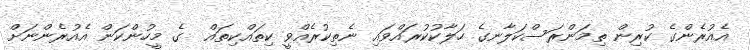
އެއުރެންގެ ކުރިން ތިމަންރަސްކަލާނގެ ހަލާކުކުރައްވައި ނެތިކުރެއްވީ ކިތައްކިތައް  ގެ މީހުންކަން އެއުރެންނަށް